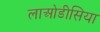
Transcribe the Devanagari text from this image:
लाओडीसिया